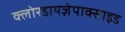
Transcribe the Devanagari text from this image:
क्लोरडायज़ेपाक्साइड